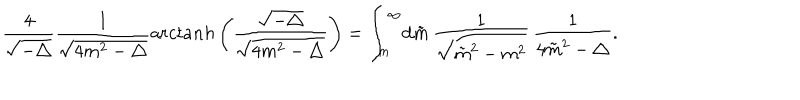
\frac { 4 } { \sqrt { - \triangle } } \frac { 1 } { \sqrt { 4 m ^ { 2 } - \triangle } } { \mathrm a r c t a n h } \left( \frac { \sqrt { - \triangle } } { \sqrt { 4 m ^ { 2 } - \triangle } } \right) = \int _ { m } ^ { \infty } \! { \mathrm d } \tilde { m } \, \frac { 1 } { \sqrt { { \tilde { m } } ^ { 2 } - m ^ { 2 } } } \, \frac { 1 } { 4 { \tilde { m } } ^ { 2 } - \triangle } .